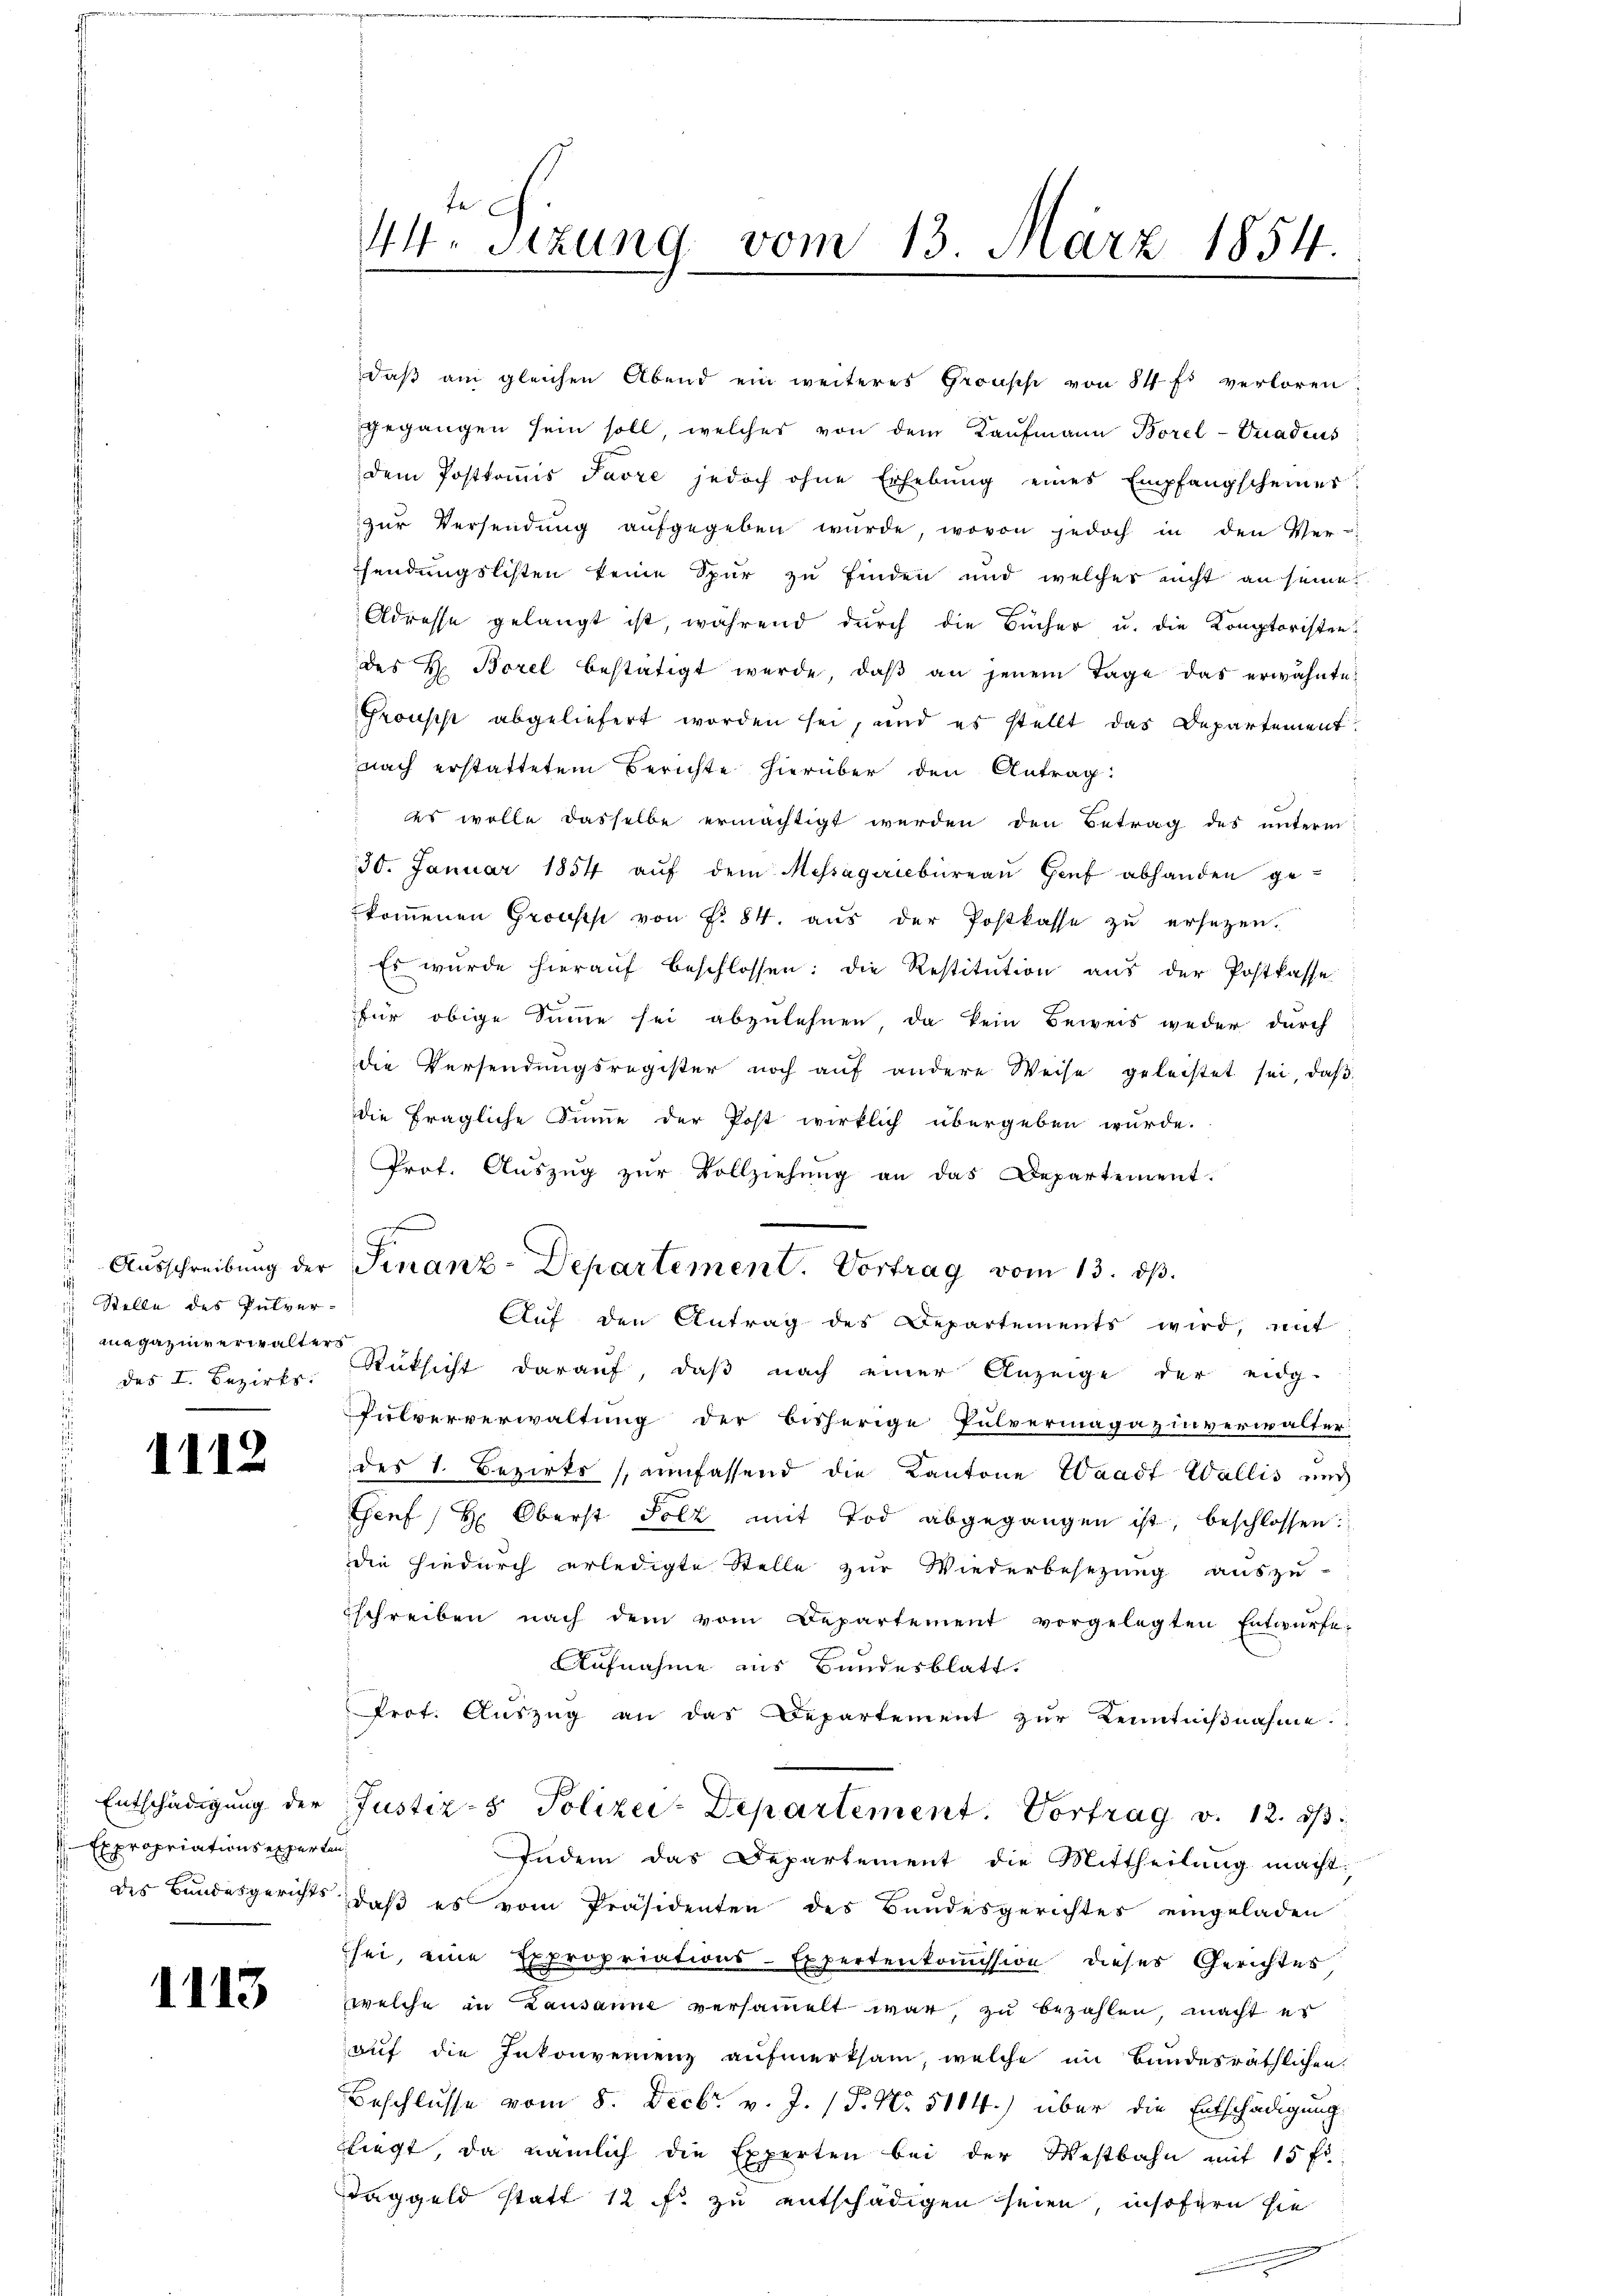
s
 Stelle des Pulver-
anagazinverwalters
des I. Bezirks

1112

Entschädigung der
V. Expropriations experten,

1113

44 Sizung vom 13. März 1854.

gegangen sein soll, welches von dem Kaufmann Borel-Vnadens
dem Posttoṁis Jarre jedoch ohne Erhebŭng eines Empfangscheiner
zur Versendung aufgegeben würde, wovon jedoch in den Ver-
sendungslisten keine Spur zu finden und welcher nicht an seine
Adresse gelangt ist, während durch die Bücher u. die Komptoristen-
des H. Borel bestätigt werde, daβ an jenem Tage das erwähnte
Pronscht abgeliefert worden sei, und es stellt das Departement
nach erstattetem Berichte hierüber den Antrag:
es wolle dasselbe ermächtigt werden den Betrag des unterm
30. Januar 1854 aŭf dem Messagenbüreaŭ Hanf abhanden ge-
kommenen Grouss von § 84. aus der Postkasse zu ersetzen.
Es wurde hieraŭf beschlossen: die Restitution aus der Postkasse
für obige Sinne sei abzulehnen, da kein Beweis weder durch
die Versendungsregister noch auf andere Weise geleistet sei, daβ
die fragliche Summe der Post wirklich übergeben würde.
Prot. Aŭszŭg zŭr Vollziehŭng an das Departement.
Auf den Antrag des Departements wird, mit
Rücksicht darauf, daß nach einer Anzeige der eidg.
Pulververwaltung der bisherige Pulvermagazinverwalter
des 1. Bezirks (einfassend die Kantone Waadt Wallis und
Genf / H: Oberst Folz mit Tod abgegangen ist, beschlossen:
die hiedurch erledigte Stelle zur Wiederbesezung auszu-
schreiben nach dem vom Departement vorgelegten Entwürfe,
Aufnahme aus Bundesblatt.
Prot. Auszug an das Departement zur Kenntnißnahme.
Justiz- & Polizei-Departement. Vortrag v. 12. ds
Indem das Departement die Mittheilung macht.
des Bandesgerichts, daß es vom Präsidenten des Bundesgerichtes eingeladen
sei, eine Expropriations-Expertenkommission dieses Gerichtes,
welche in Lausanne versammelt war, zu bezahlen, macht es
auf die Inkonvenienz aufmerksam, welche im Bandesräthlichen
Beschlusse vom 8. Decbr. v. J. P. No. 5114.) über die Entschädigung
fliegt, da nämlich die Experten bei der Westbahn mit 15 fl
Taggeld statt 12 f: zu entschädigen seien, insofern sie

Ausschreibung der Finanz-Departement. Vortrag vom 13. ds.

daß am gleichen Abend ein weiteres Gronsche von 84 f. verloren